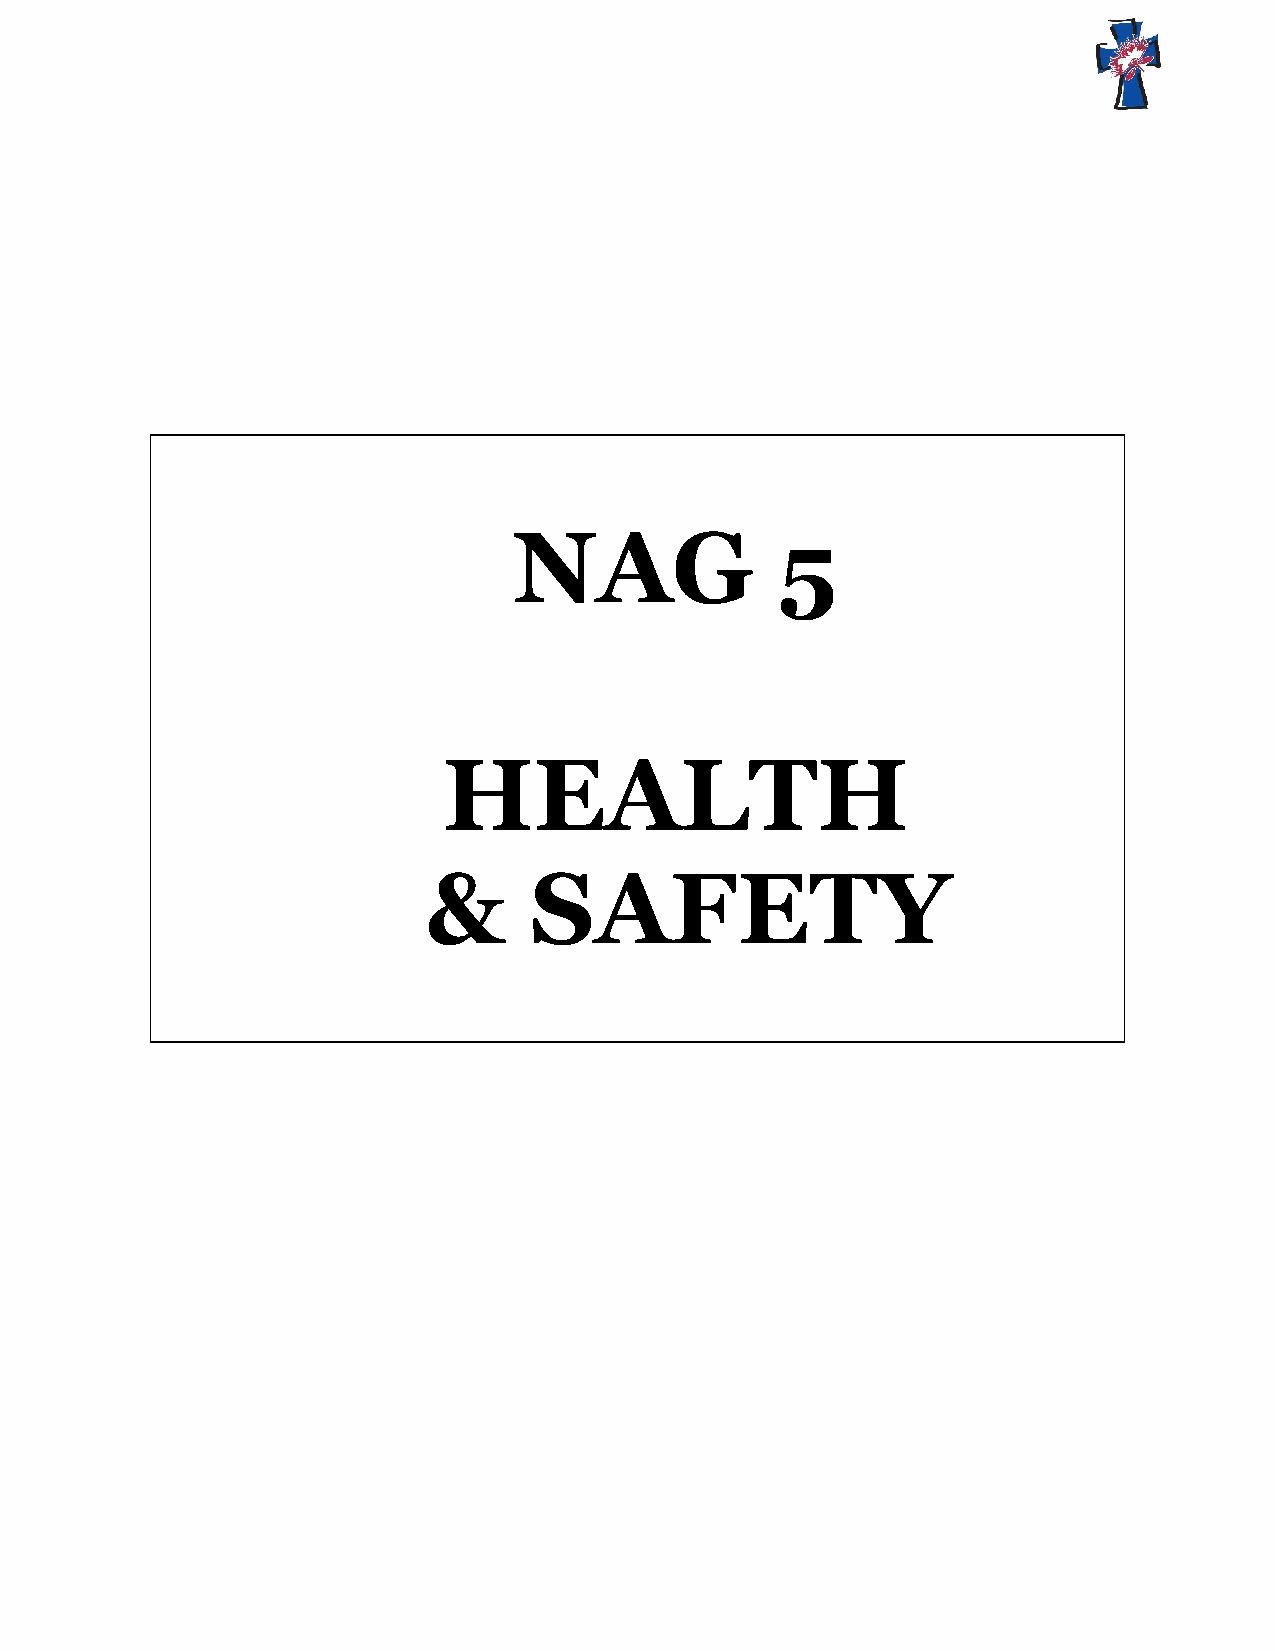
NAG              5
 HEALTH
 &      SAFETY